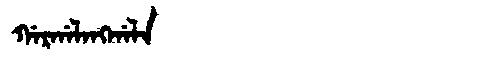
Manchu: ᡤᠠᡵᡤᠠᠯᠠᠩᡤᠠᠯᠠ
Romanization: GARGALANGGALA